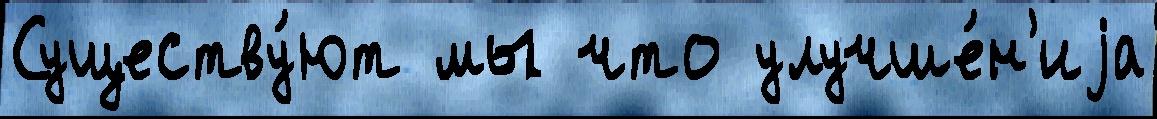
Существу́ют мы что улучше́н'иjа